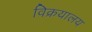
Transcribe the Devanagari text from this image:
विक्रयालय